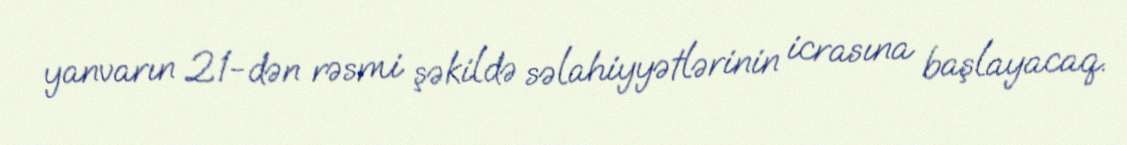
yanvarın 21-dən rəsmi şəkildə səlahiyyətlərinin icrasına başlayacaq.